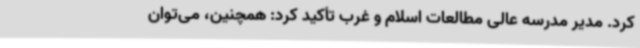
کرد. مدیر مدرسه عالی مطالعات اسلام و غرب تأکید کرد: همچنین، می‌توان